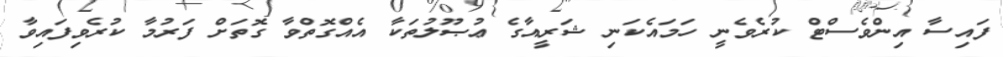
ފައިސާ އިންވެސްޓް ކުރެވެނީ ހަމައެކަނި ޝަރީއާގެ ޢުޞޫލުތަކާ އެއްގޮތްވާ ގޮތަށް ފަރުމާ ކުރެވިފައިވާ